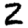
Digit: 2